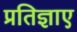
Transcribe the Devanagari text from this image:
प्रतिज्ञाए